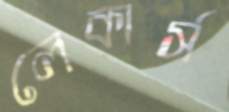
লেকার্স